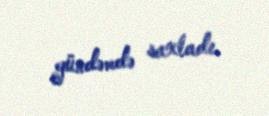
gündəmdə saxladı.